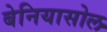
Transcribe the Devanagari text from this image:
बेनियासोल